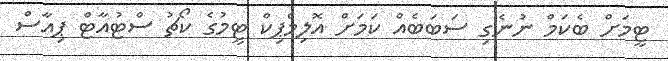
ޓީމަށް ބެކަމް ނުނެގި ސަބަބެއް ކަމަށް އޮލިމްޕިކް ޓީމުގެ ކޯޗު ސްޓުއާޓް ޕިއާސް